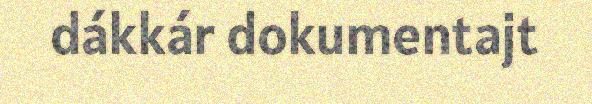
dákkár dokumentajt